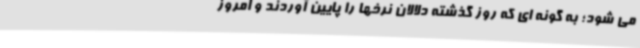
می شود؛ به گونه ای که روز گذشته دلالان نرخها را پایین آوردند و امروز